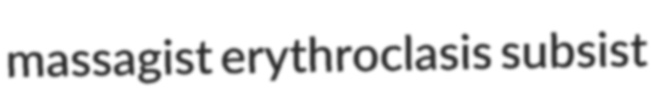
massagist erythroclasis subsist